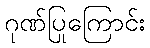
ဂုဏ်ပြုကြောင်း